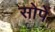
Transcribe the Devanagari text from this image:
सोपें